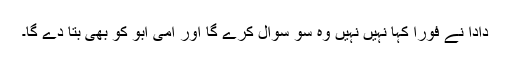
دادا نے فورا کہا نہیں نہیں وہ سو سوال کرے گا اور امی ابو کو بھی بتا دے گا۔